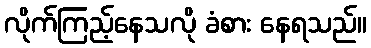
လိုက်ကြည့်နေသလို ခံစား နေရသည်။